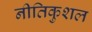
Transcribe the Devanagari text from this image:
नीतिकुशल